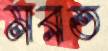
মরত